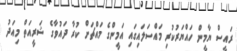
ރައީސް ޔާމީން ހައްޔަރުކުރި މައްސަލައިގައި އަމީންގެ މައްޗަށް ކުރާ ދައުވާގެ ޝަރީއަތް މިއަދު